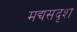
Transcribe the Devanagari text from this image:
मद्यसदृश